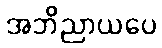
အဘိညာယပေ